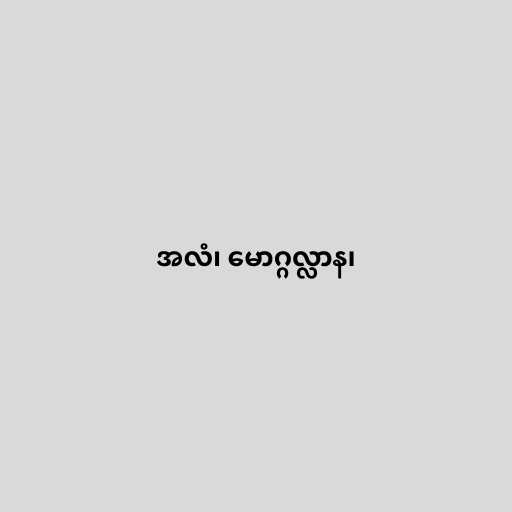
အလံ၊ မောဂ္ဂလ္လာန၊